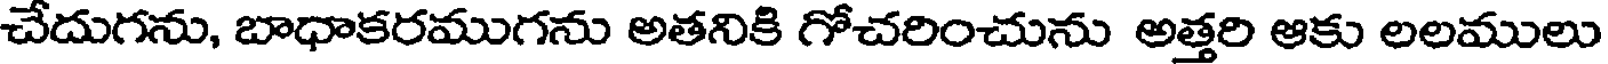
చేదుగను, బాధాకరముగను అతనికి గోచరించును అత్తరి ఆకు లలములు